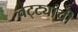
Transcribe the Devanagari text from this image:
चट्ट्यांची